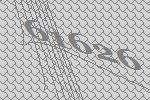
61626